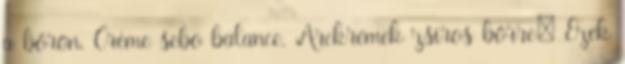
a bőrön. Crème sebo balance. Arckrémek zsíros bőrre; Ezek